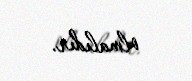
olmalıdır.